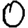
Digit: 0